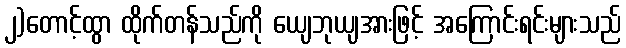
၂)တောင့်ထွာ ထိုက်တန်သည်ကို ယျေဘုယျအားဖြင့် အကြောင်းရင်းများသည်